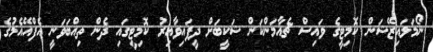
ނޯމަލައިޒޭޝަން ކޮމިޓީގެ ވައިސް ޗެއާމަންކަން ޝަކީބަށް ދީފައިވާއިރު ކޮމިޓީގައި ދެން ތިއްބަވަނީ އެފްއޭއެމުގެ